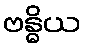
ဗန္ဓိယ